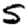
Digit: 5